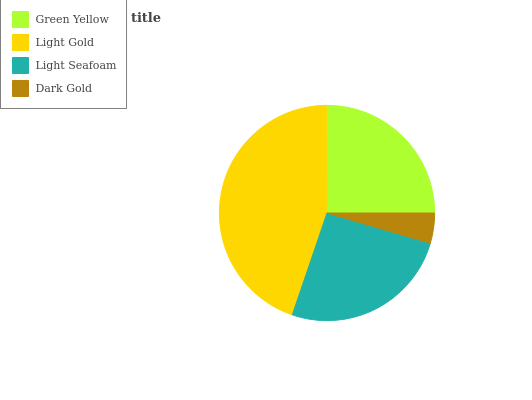
| Green Yellow | Light Gold | Light Seafoam | Dark Gold |
 | --- | --- | --- | --- |
 | 25.1% | 44.6% | 25.7% | 4.51% |